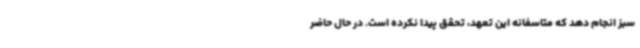
سبز انجام دهد که متاسفانه این تعهد، تحقق پیدا نکرده است. در حال حاضر